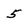
Character: 5